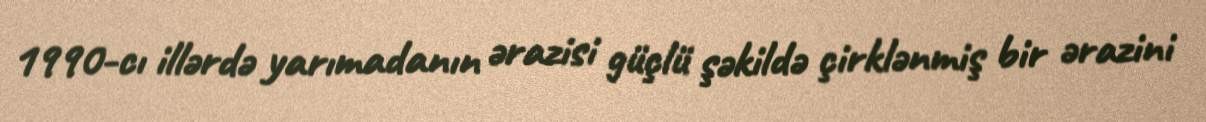
1990-cı illərdə yarımadanın ərazisi güçlü şəkildə çirklənmiş bir ərazini